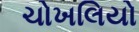
ચોખલિયો